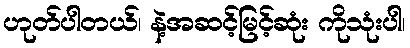
ဟုတ်ပါတယ်၊ နဲ့အဆင့်မြင့်ဆုံး ကိုသုံးပါ၊